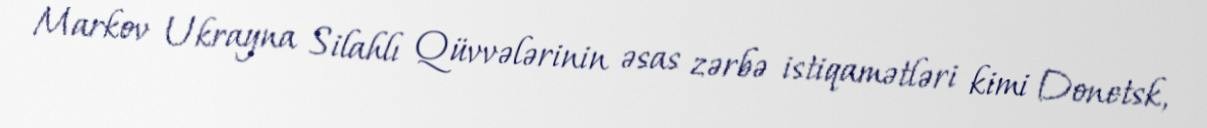
Markov Ukrayna Silahlı Qüvvələrinin əsas zərbə istiqamətləri kimi Donetsk,